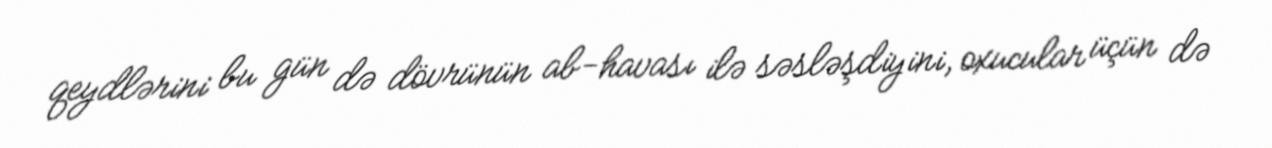
qeydlərini bu gün də dövrünün ab-havası ilə səsləşdiyini, oxucular üçün də